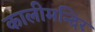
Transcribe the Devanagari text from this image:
कालीमन्दिर